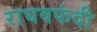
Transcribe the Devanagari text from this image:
राघवफंदी